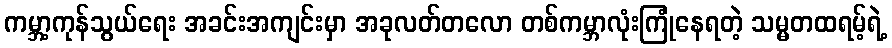
ကမ္ဘာ့ကုန်သွယ်ရေး အခင်းအကျင်းမှာ အခုလတ်တလော တစ်ကမ္ဘာလုံးကြုံနေရတဲ့ သမ္မတထရမ့်ရဲ့